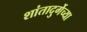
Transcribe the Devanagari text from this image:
शांतादुर्गेच्या